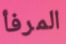
المرفأ